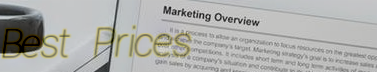
Best Prices